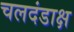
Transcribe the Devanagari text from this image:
चलदंडाक्ष